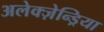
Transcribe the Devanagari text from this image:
अलेक्ज़ेन्ड्रिया